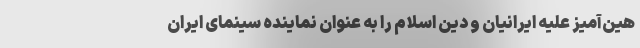
هین‌آمیز علیه ایرانیان و دین اسلام را به عنوان نماینده سینمای ایران